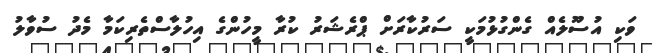
ވަކި އުސޫލެއް ގެންގުޅުމަކީ ސަރުކާރަށް ޕްރެޝަރު ކުރާ މީހުންގެ އިހުލާސްތެރިކަމާ މެދު ސުވާލު